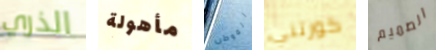
الذري مأهولة الموطن كورتني الصميم